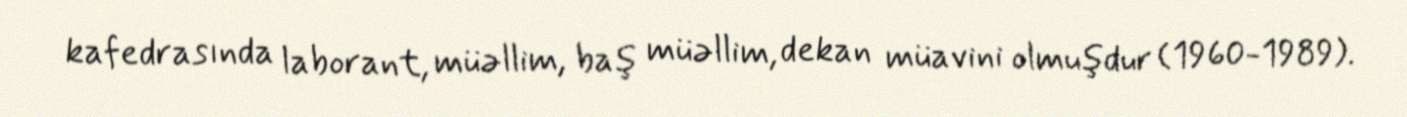
kafedrasında laborant, müəllim, baş müəllim, dekan müavini olmuşdur (1960-1989).